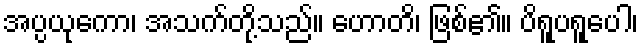
အပ္ပယုကော၊ အသက်တို့သည်။ ဟောတိ၊ ဖြစ်၏။ ပိရူပရူပေါ၊